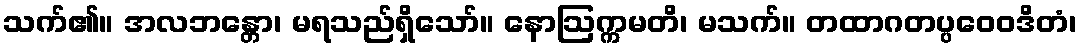
သက်၏။ အလဘန္တော၊ မရသည်ရှိသော်။ နောဩက္ကမတိ၊ မသက်။ တထာဂတပ္ပဝေဝဒိတံ၊